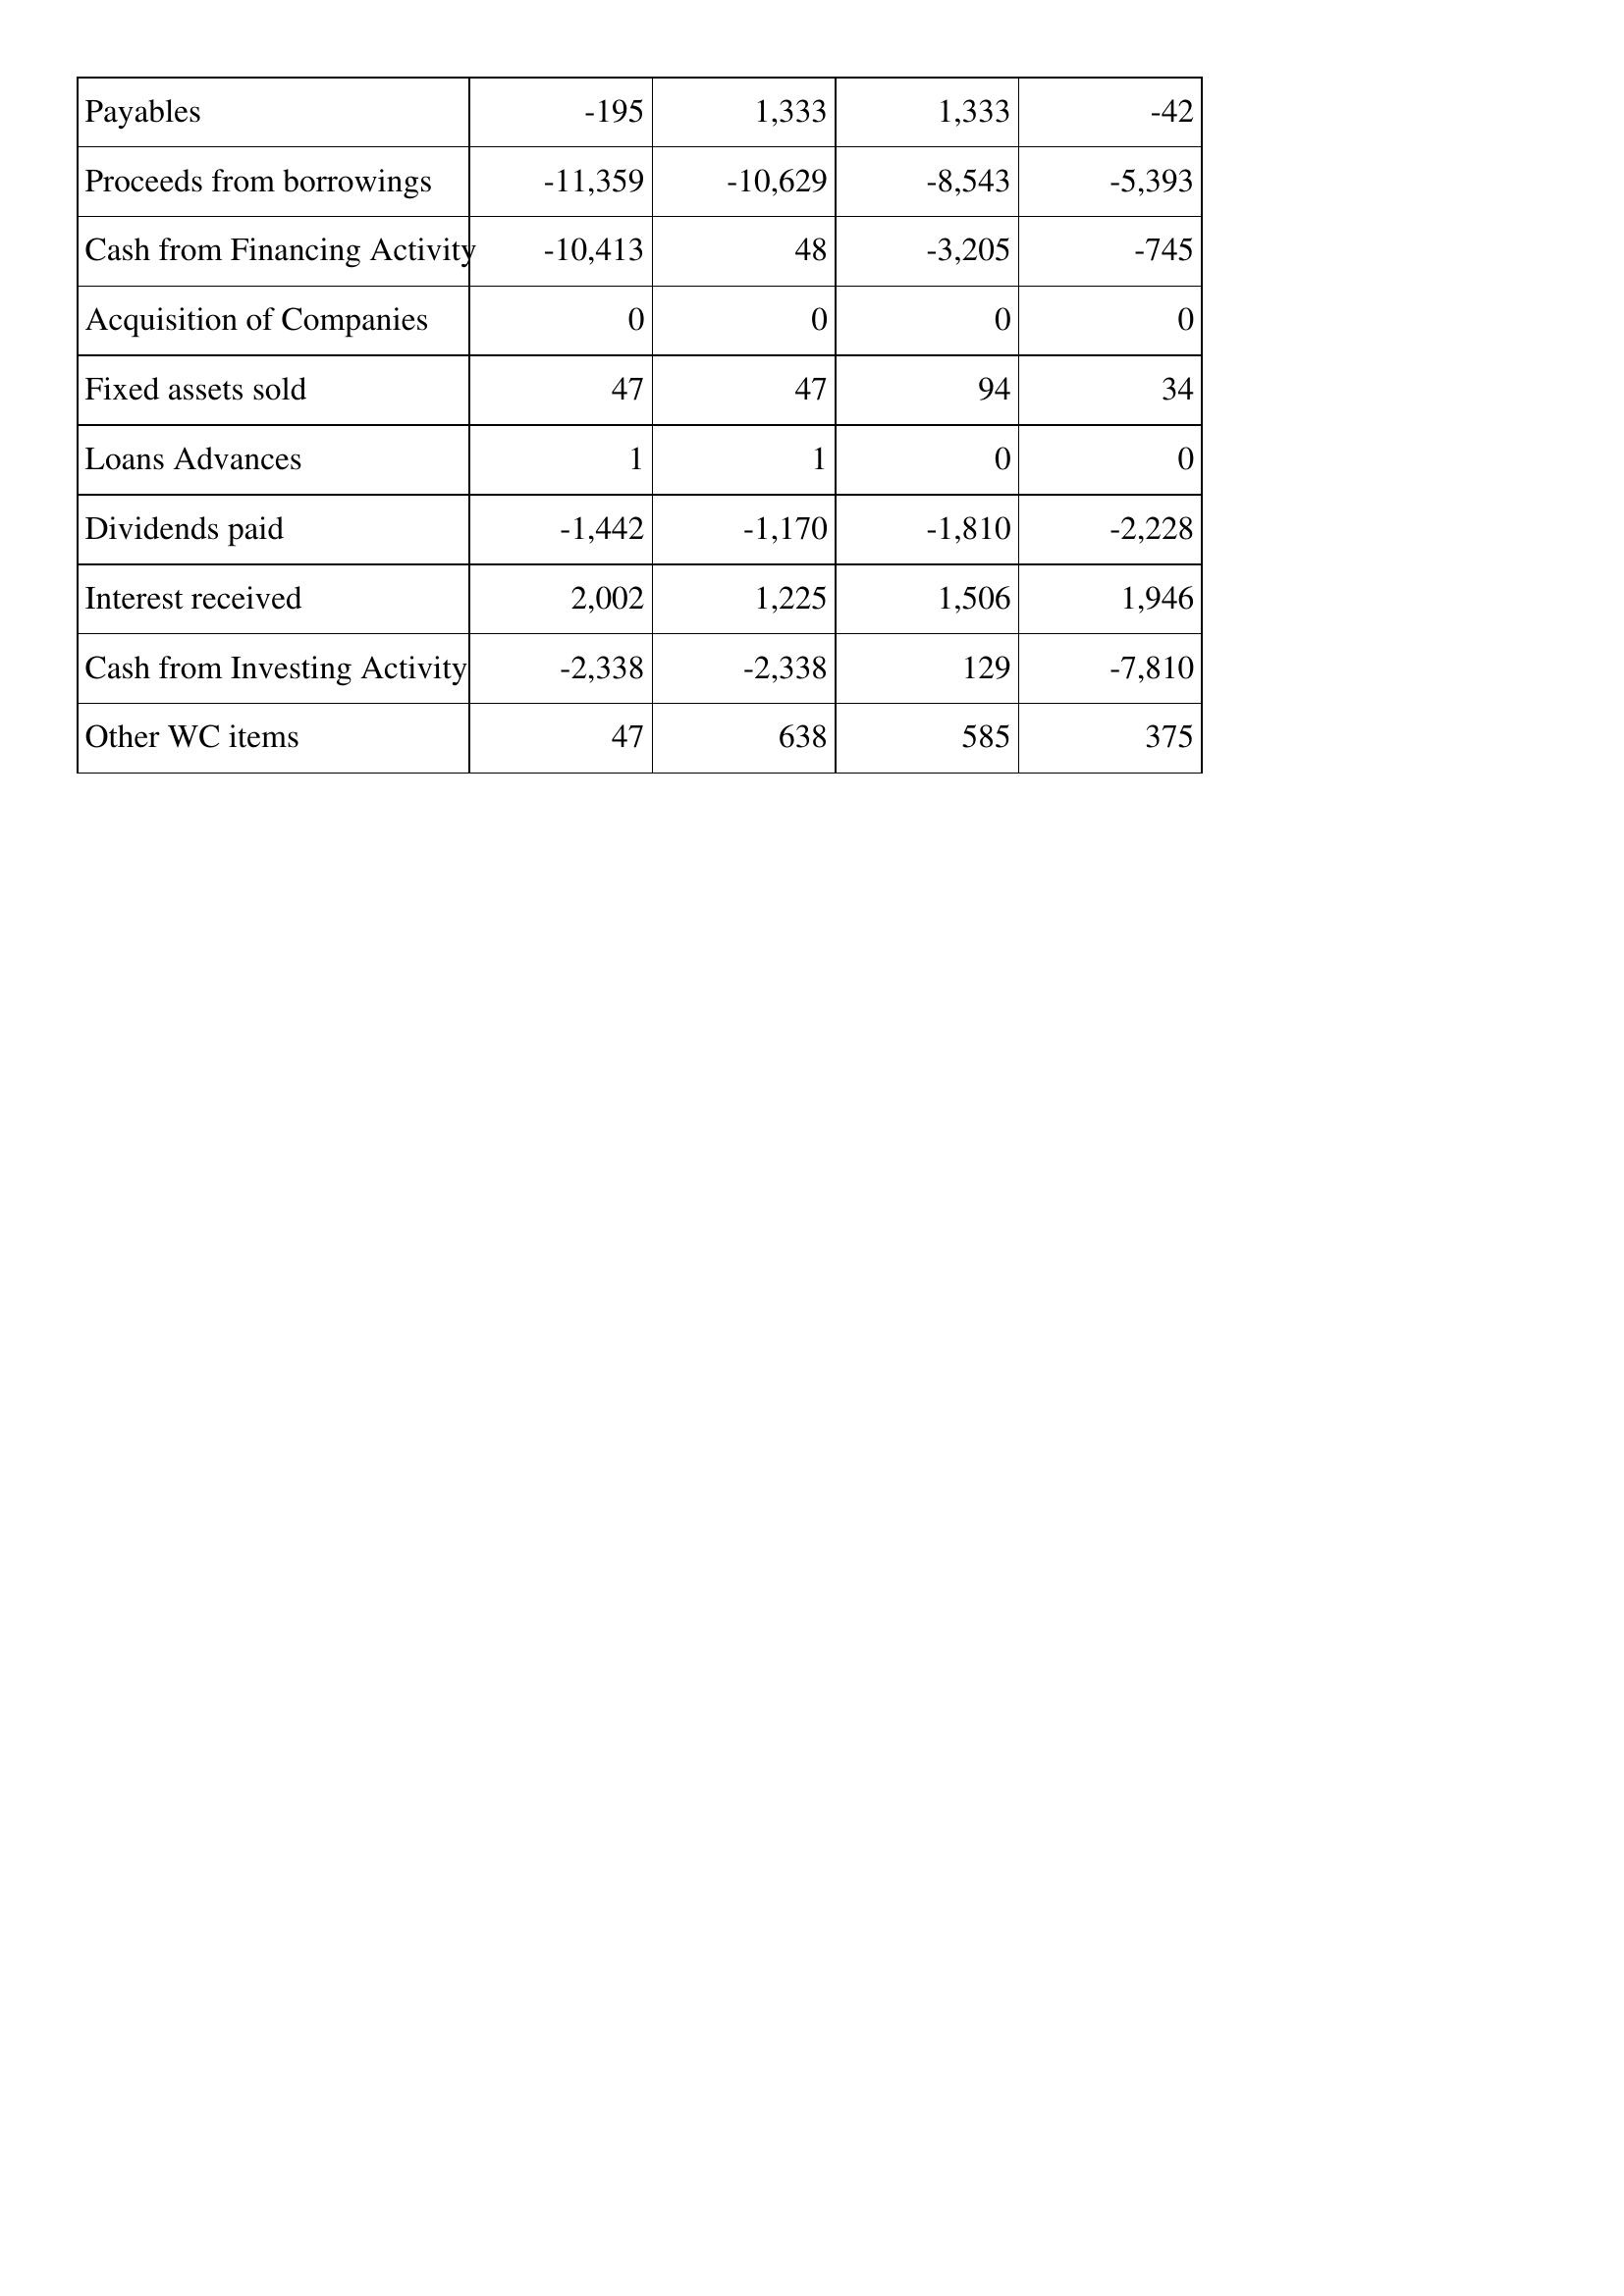
May-06: Cash Flows: Payables: -195
Proceeds from borrowings: -11,359
Cash from Financing Activity: -10,413
Acquisition of Companies: 0
Fixed assets sold: 47
Loans Advances: 1
Dividends paid: -1,442
Interest received: 2,002
Cash from Investing Activity: -2,338
Other WC items: 47
May-05: Cash Flows: Payables: 1,333
Proceeds from borrowings: -10,629
Cash from Financing Activity: 48
Acquisition of Companies: 0
Fixed assets sold: 47
Loans Advances: 1
Dividends paid: -1,170
Interest received: 1,225
Cash from Investing Activity: -2,338
Other WC items: 638
May-04: Cash Flows: Payables: 1,333
Proceeds from borrowings: -8,543
Cash from Financing Activity: -3,205
Acquisition of Companies: 0
Fixed assets sold: 94
Loans Advances: 0
Dividends paid: -1,810
Interest received: 1,506
Cash from Investing Activity: 129
Other WC items: 585
May-03: Cash Flows: Payables: -42
Proceeds from borrowings: -5,393
Cash from Financing Activity: -745
Acquisition of Companies: 0
Fixed assets sold: 34
Loans Advances: 0
Dividends paid: -2,228
Interest received: 1,946
Cash from Investing Activity: -7,810
Other WC items: 375